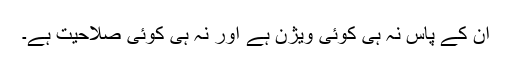
ان کے پاس نہ ہی کوئی ویژن ہے اور نہ ہی کوئی صلاحیت ہے۔